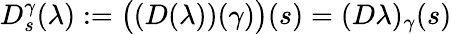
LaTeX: D_{s}^{\gamma}(\lambda):=\bigl((D(\lambda))(\gamma)\bigr)(s)=(D\lambda)_{\gamma}(s)